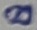
Text: 8